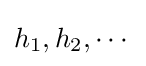
h_{1},h_{2},\cdots